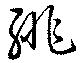
緋